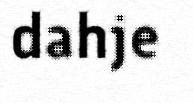
dahje